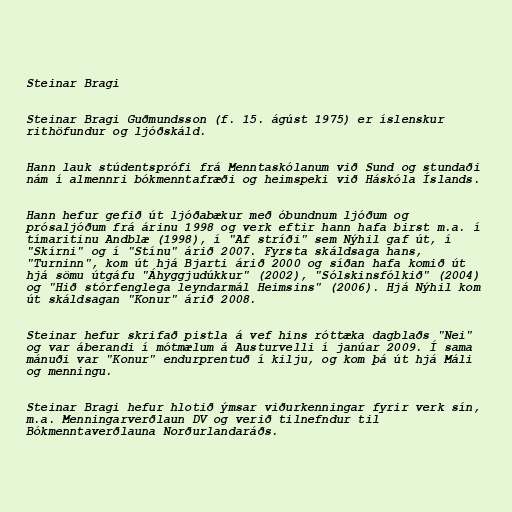
Steinar Bragi

Steinar Bragi Guðmundsson (f. 15. ágúst 1975) er íslenskur
rithöfundur og ljóðskáld.

Hann lauk stúdentsprófi frá Menntaskólanum við Sund og stundaði
nám í almennri bókmenntafræði og heimspeki við Háskóla Íslands.

Hann hefur gefið út ljóðabækur með óbundnum ljóðum og
prósaljóðum frá árinu 1998 og verk eftir hann hafa birst m.a. í
tímaritinu Andblæ (1998), í "Af stríði" sem Nýhil gaf út, í
"Skírni" og í "Stínu" árið 2007. Fyrsta skáldsaga hans,
"Turninn", kom út hjá Bjarti árið 2000 og síðan hafa komið út
hjá sömu útgáfu "Áhyggjudúkkur" (2002), "Sólskinsfólkið" (2004)
og "Hið stórfenglega leyndarmál Heimsins" (2006). Hjá Nýhil kom
út skáldsagan "Konur" árið 2008.

Steinar hefur skrifað pistla á vef hins róttæka dagblaðs "Nei"
og var áberandi í mótmælum á Austurvelli í janúar 2009. Í sama
mánuði var "Konur" endurprentuð í kilju, og kom þá út hjá Máli
og menningu.

Steinar Bragi hefur hlotið ýmsar viðurkenningar fyrir verk sín,
m.a. Menningarverðlaun DV og verið tilnefndur til
Bókmenntaverðlauna Norðurlandaráðs.